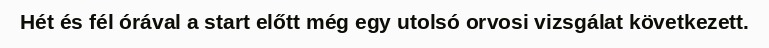
Hét és fél órával a start előtt még egy utolsó orvosi vizsgálat következett.